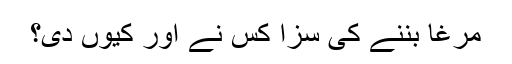
مرغا بننے کی سزا کس نے اور کیوں دی؟